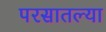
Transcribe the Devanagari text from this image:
परसातल्या